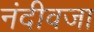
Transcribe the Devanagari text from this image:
नंदीवजा